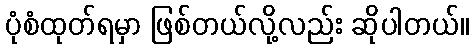
ပုံစံထုတ်ရမှာ ဖြစ်တယ်လို့လည်း ဆိုပါတယ်။